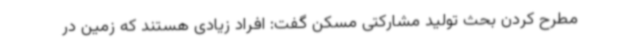
مطرح کردن بحث تولید مشارکتی مسکن گفت: افراد زیادی هستند که زمین در